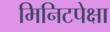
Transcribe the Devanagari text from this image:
मिनिटपेक्षा